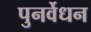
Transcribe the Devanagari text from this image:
पुनर्वेधन